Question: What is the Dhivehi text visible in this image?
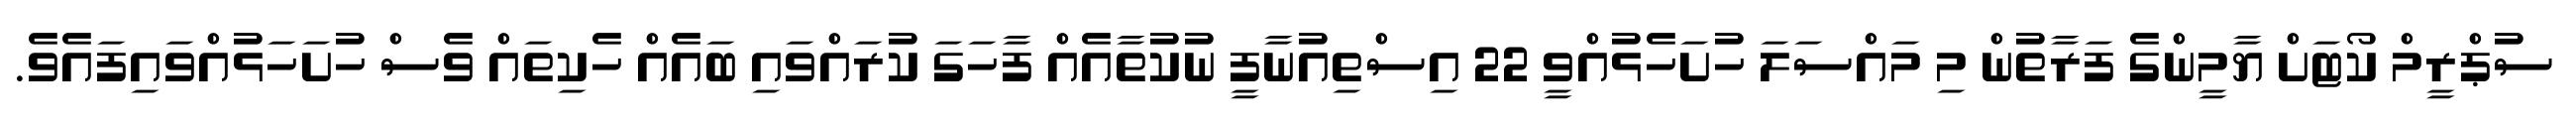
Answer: ސުޕްރީމް ކޯޓަށް ޔާމީންގެ ފަރާތުން މި މައްސަލަ ހުށަހެޅުއްވީ 22 އިސްތިއުނާފީ ނުކުތާއެއް ފާހަގަ ކުރައްވައި ބައެއް ހެކިތައް ވެސް ހުށަހަޅުއްވައިފައެވެ.